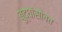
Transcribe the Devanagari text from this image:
बुद्धांसोबत